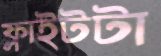
ফ্লাইটটা